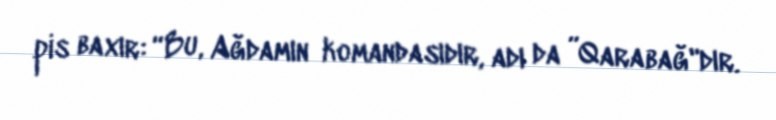
pis baxır: “Bu, Ağdamın komandasıdır, adı da ”Qarabağ"dır.